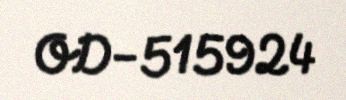
OD-515924